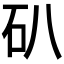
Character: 𥐙